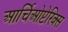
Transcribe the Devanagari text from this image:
आर्चिओप्टेरिक्स